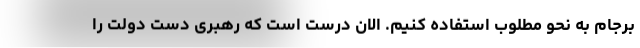
برجام به نحو مطلوب استفاده کنیم. الان درست است که رهبری دست دولت را